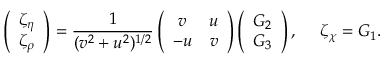
\left( \begin{array} { c } { { \zeta _ { \eta } } } \\ { { \zeta _ { \rho } } } \end{array} \right) = \frac { 1 } { ( v ^ { 2 } + u ^ { 2 } ) ^ { 1 / 2 } } \left( \begin{array} { c c } { { v } } & { { u } } \\ { { - u } } & { { v } } \end{array} \right) \left( \begin{array} { c } { { G _ { 2 } } } \\ { { G _ { 3 } } } \end{array} \right) , ~ ~ ~ ~ \zeta _ { \chi } = G _ { 1 } .